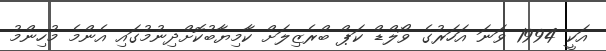
އަކީ 1994 ވަނަ އަހަރުގެ ވޯލްޑް ކަޕް ބްރެޒިލަށް ކާމިޔާބުކޮށްދިނުމުގައި އެންމެ މުހިންމު